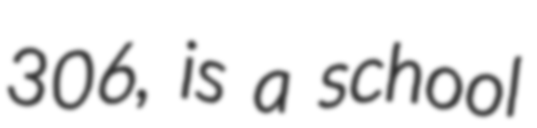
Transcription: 306, is a school